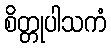
စိတ္တုပါသကံ